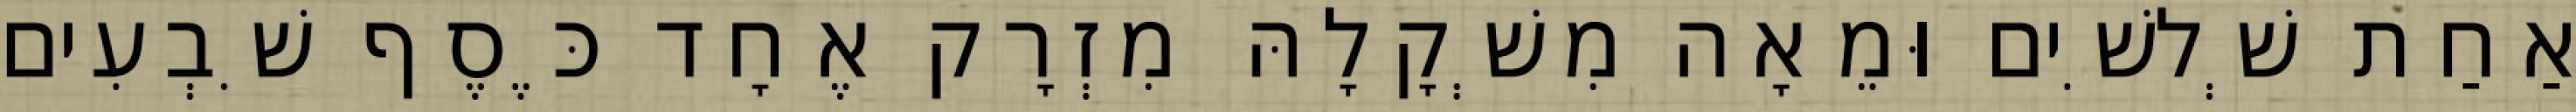
אַחַת שְׁלשִׁים וּמֵאָה מִשְׁקָלָהּ מִזְרָק אֶחָד כֶּסֶף שִׁבְעִים